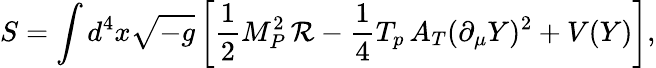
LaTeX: S=\int{d^{4}x\sqrt{-g}\left[\frac{1}{2}M_{P}^{2}\, \mathcal{R}-\frac{1}{4}T_{p}\, A_{T}(\partial_{\mu}Y)^{2}+V(Y)\right]},